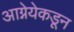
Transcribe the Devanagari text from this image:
आग्नेयेकडून